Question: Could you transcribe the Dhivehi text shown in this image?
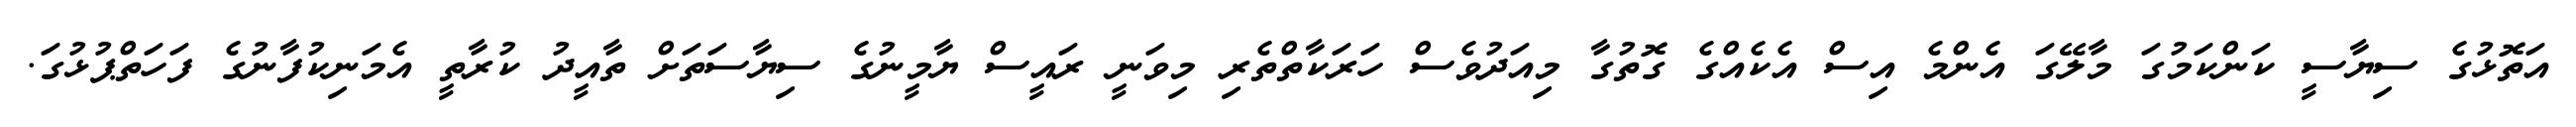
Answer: އަތޮޅުގެ ސިޔާސީ ކަންކަމުގަ މާލޭގަ އެންމެ އިސް އެކެއްގެ ގޮތުގާ މިއަދުވެސް ހަރަކާތްތެރި މިވަނީ ރައީސް ޔާމީނުގެ ސިޔާސަތަށް ތާއީދު ކުރާތީ އެމަނިކުފާނުގެ ފަހަތްޕުޅުގަ.